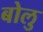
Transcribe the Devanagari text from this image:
बोलु